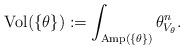
LaTeX: \begin{align*}{\rm Vol}(\{\theta\}):= \int_{{\rm Amp}(\{\theta\})} \theta_{V_\theta}^n.\end{align*}